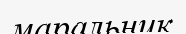
маральник